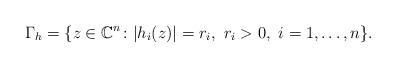
LaTeX: \begin{align*}\Gamma_h=\{z\in\mathbb C^n\colon |h_i(z)|=r_i,\ r_i>0,\ i=1,\ldots,n\}.\end{align*}